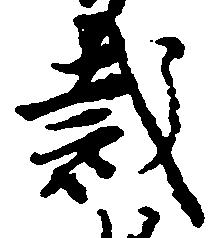
裁